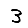
Digit: 3